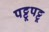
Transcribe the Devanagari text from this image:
पट्टूपट्टू